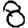
Digit: 8